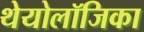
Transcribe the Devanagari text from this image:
थेयोलॉजिका